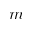
m